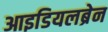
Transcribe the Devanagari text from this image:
आइडियलब्रेन